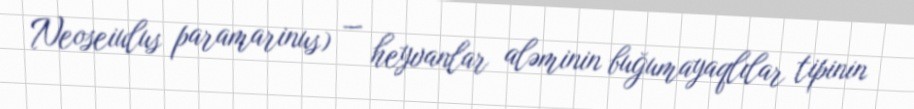
Neoseiulus paramarinus) — heyvanlar aləminin buğumayaqlılar tipinin